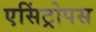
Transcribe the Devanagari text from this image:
एसिंट्रोपस